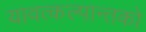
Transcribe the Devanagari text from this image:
यावत्कल्पान्तको